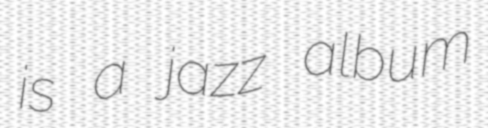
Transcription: is a jazz album